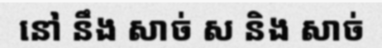
នៅ នឹង សាច់ ស និង សាច់